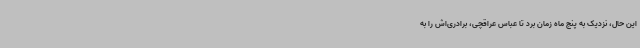
این‌ حال، نزدیک به پنج ماه زمان برد تا عباس عراقچی، برادری‌اش را به